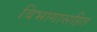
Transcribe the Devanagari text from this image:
विभागासहित